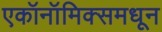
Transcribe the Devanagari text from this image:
एकॉनॉमिक्समधून